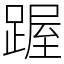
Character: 䠎